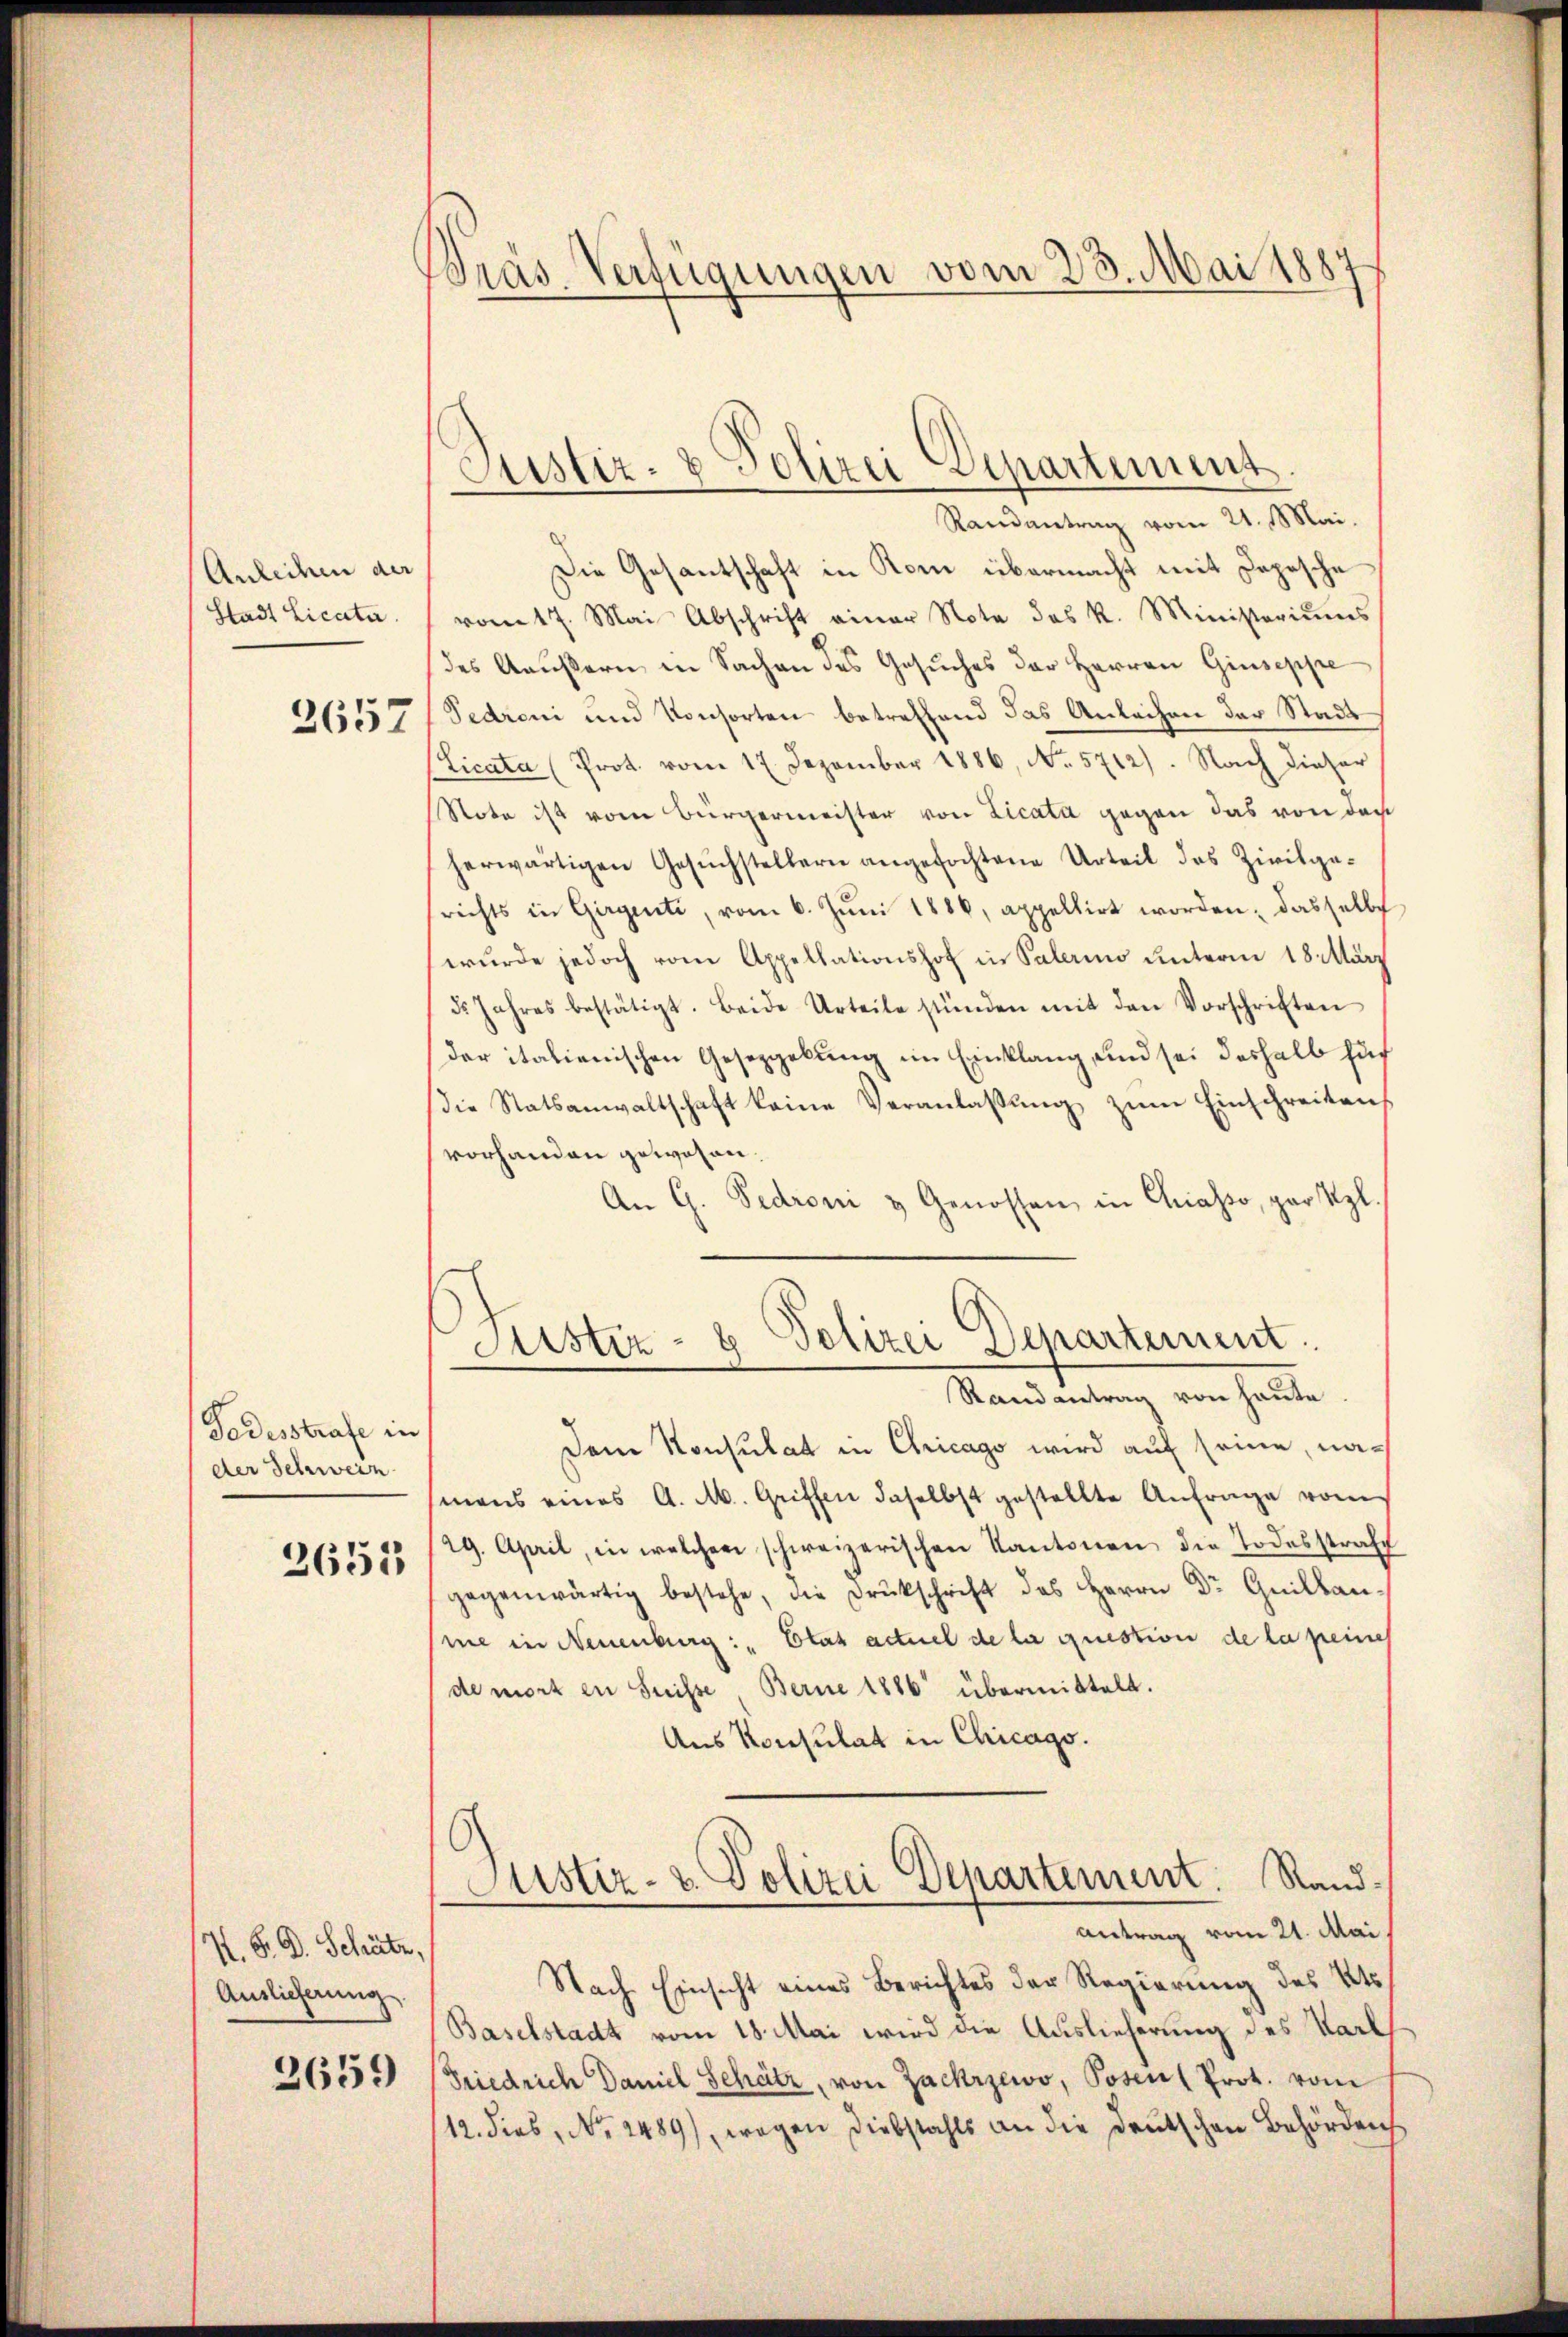
Anleihen der
Stadt Licata

2657

Todesstrafe in
der Schweiz.
2651

X. S. D. Schätz
Auslieferung
2659

Präs. Verfügungen vom 23. Mai 1887

Justiz- & Polizei-Separtement

Randantrag vom 21. Mai.
Die Gesantschaft in Kom übermacht mit Depesche
vom 17. Mai Abschrift einer Note des k. Ministeriums
des Aeußern in Sachen des Gesuches der Herren Giuseppe
Pedroni und Konsorten betreffend das Anleihen der Stadt
(Licata (Prot. vom 17. Dezember 1886, No. 5712). Nach dieser
Note ist vom Bürgermeister von Licata gegen das von den
herwärtigen Gesŭchstellern angefochtene Urteil des Zivilge-
srichts in Girgenti, vom 6. Jŭni 1886, appellirt worden, dasselbs
wurde jedoch vom Appellationshof in Palerino unterm 18. März
us Jahres bestätigt. Beide Urteile stünden mit den Vorschriften
der italienischen Gesetzgebung im Einklang, und sei deshalb huf
die Statsanwaltschaft keine Veranlaßung zum Einschreitens
vorhanden gewesen.
An G. Bedroni & Genossen in Grasso, par l
Aistiz- & Polizei Departement
r
Randantrag von heute
Dem Konsulat in Chicago wird auf seine, namans eines A. M. Griffen daselbst gestellte Anfrage vom
/29. April, in welchen schweizerischen Kantonen die Todesstrafgegenwärtig bestehe, die Druckschrift des Herrn Dr Guillan-
me in Neuenburg: " Etat actuel de la question de la peines
de mort in Suisse Berne 1886 übermittelt.
Aus Konsulat in Chicago.
Justiz- & Polizei Departement. Sand¬
Antrag vom 21. Mai
Nach Einsicht eines Berichtes der Regierung des Kts.
Baselstadt vom 18. Mai wird die Auslieferung des Karl
Friedrich Daniel Schütz, von Zackrzewo, Posen Prot. vom
12. dies, No. 2489), wegen Diebstahls an die Deutschen Behörden